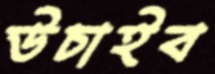
উচাইব